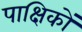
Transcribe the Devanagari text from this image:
पाक्षिकों